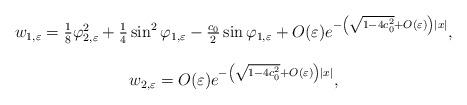
LaTeX: \begin{align*} \begin{array}{c} w_{1,\varepsilon}=\frac{1}{8}{\varphi_{2,\varepsilon}^2 + \frac{1}{4}\sin^2\varphi_{1,\varepsilon}-\frac{c_0}{2}\sin\varphi_{1,\varepsilon}}+O(\varepsilon)e^{-\left(\sqrt{1-4c_0^2}+O(\varepsilon)\right)|x|}, \\ \\ w_{2,\varepsilon}=O(\varepsilon)e^{-\left(\sqrt{1-4c_0^2}+O(\varepsilon)\right)|x|}, \end{array}\end{align*}